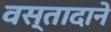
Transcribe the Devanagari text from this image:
वस्तादाने